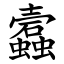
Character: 蠧